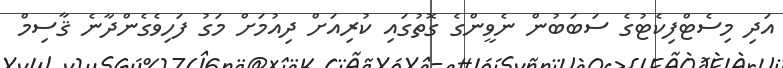
އަދި މިސެޓްފިކެޓުގެ ސަބަބުން ނެވީންގެ ގޮތުގައި ކުރިއަށް ދިއުމަށް މަގު ފަހިވެގެންދާނެ ޤާސިމް